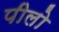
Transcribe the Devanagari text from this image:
पीलो